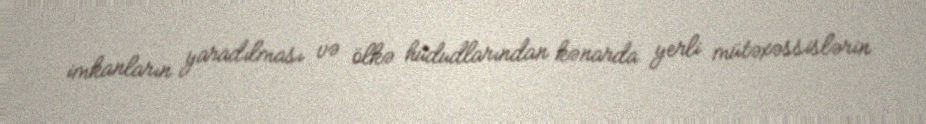
imkanların yaradılması və ölkə hüdudlarından kənarda yerli mütəxəssislərin